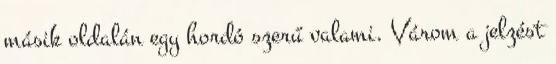
másik oldalán egy hordó szerű valami. Várom a jelzést